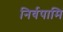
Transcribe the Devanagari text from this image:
निर्वपामि